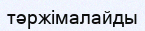
тәржімалайды